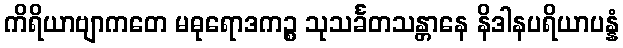
ကိရိယာဗျာကတေ မဓုရောဒကဉ္စ သုသင်္ခတသန္တာနေ နိဒါနပရိယာပန္နံ